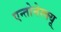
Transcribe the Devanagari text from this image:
एन्तोनेस्क्यू